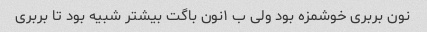
نون بربری خوشمزه بود ولی ب ۱نون باگت بیشتر شبیه بود تا بربری